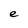
Character: e